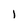
Character: 1